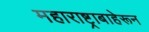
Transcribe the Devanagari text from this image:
महाराष्ट्राबाहेरून